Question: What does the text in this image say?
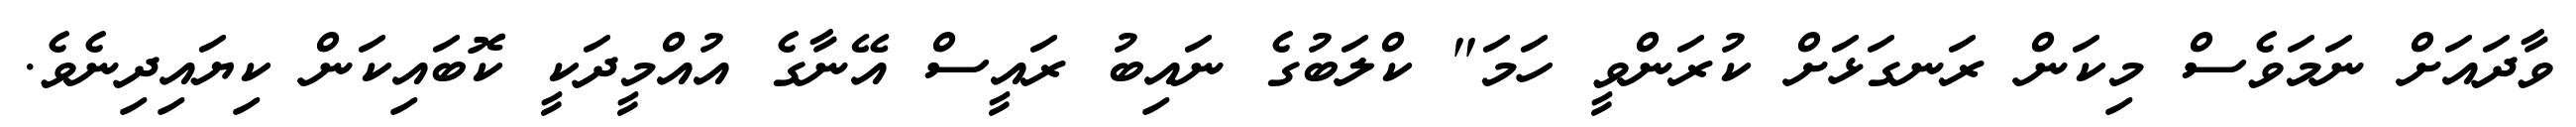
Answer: ވާދައަށް ނަމަވެސް މިކަން ރަނގަޅަށް ކުރަންވީ ހަމަ" ކްލަބުގެ ނައިބު ރައީސް އޭނާގެ އުއްމީދަކީ ކޮބައިކަން ކިޔައިދިނެވެ.